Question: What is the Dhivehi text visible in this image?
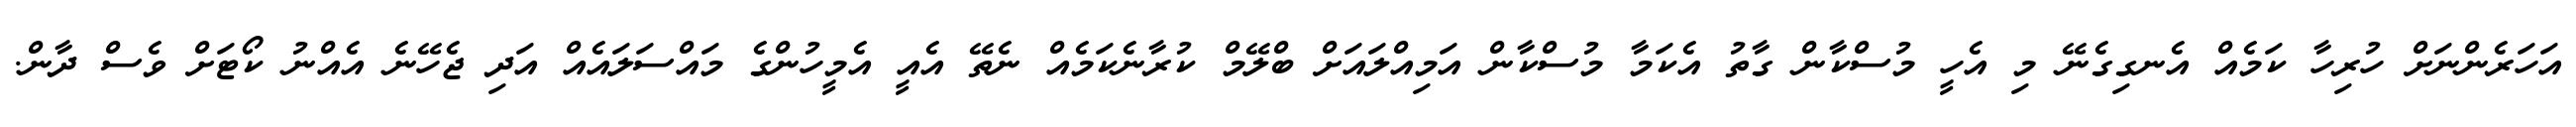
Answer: އަހަރެންނަށް ހުރިހާ ކަމެއް އެނގިގެނޭ މި އެހީ މުސްކާން ގާތު އެކަމާ މުސްކާން އަމިއްލައަށް ބްލޭމް ކުރާނެކަމެއް ނެތޭ އެއީ އެމީހުންގެ މައްސަލައެއް އަދި ޖެހޭނެ އެއްނު ކޯޓަށް ވެސް ދާން.